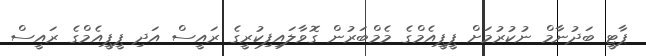
ޕާޓީ ބަދުނާމް ނުކުރުމަށް ޕީޕީއެމްގެ މެމްބަރުން ގޮވާލައިފިކުރީގެ ރައީސް އަދި ޕީޕީއެމްގެ ރައީސް